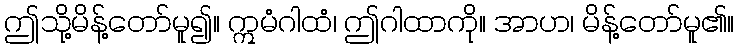
ဤသို့မိန့်တော်မူ၍။ ဣမံဂါထံ၊ ဤဂါထာကို။ အာဟ၊ မိန့်တော်မူ၏။